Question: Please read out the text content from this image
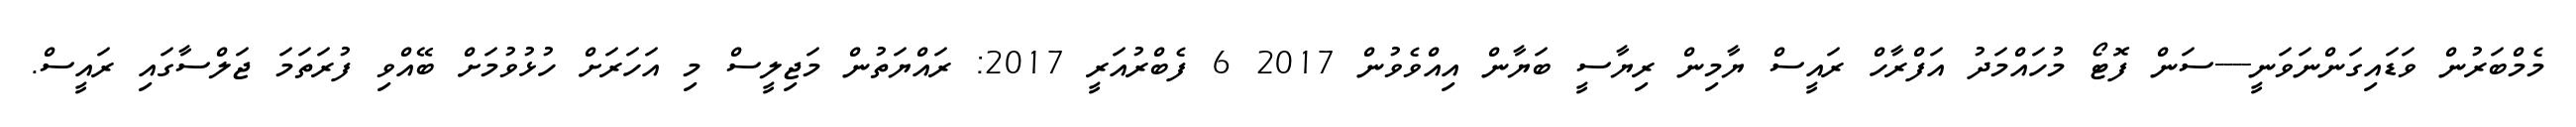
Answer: މެމްބަރުން ވަޑައިގަންނަވަނީ----ސަން ފޮޓޯ މުހައްމަދު އަފްރާހް ރައީސް ޔާމިން ރިޔާސީ ބަޔާން އިއްވެވުން 2017 6 ފެބްރުއަރީ 2017: ރައްޔަތުން މަޖިލީސް މި އަހަރަށް ހުޅުވުމަށް ބޭއްވި ފުރަތަމަ ޖަލްސާގައި ރައީސް.